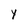
Character: Y